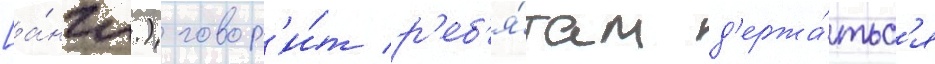
[а́нгл.) говор'и́т р'еб'я́там д'ержа́тьс'я